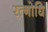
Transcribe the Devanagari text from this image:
रत्नोधि